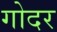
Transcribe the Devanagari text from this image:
गोदर